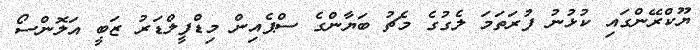
ޔޫކްރޭންގައި ކުޅުނު ފުރަތަމަ ލެގުގެ މެޗު ބަޔާންގެ ސްޕެއިން މިޑްފީލްޑަރު ޒަބީ އަލޮންސޯ